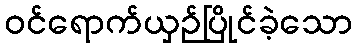
ဝင်ရောက်ယှဉ်ပြိုင်ခဲ့သော